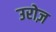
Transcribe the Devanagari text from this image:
उरोज़